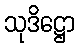
သုဒိဋ္ဌော